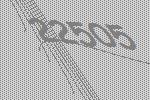
22505